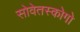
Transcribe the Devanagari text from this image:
सोवेतस्कोगो